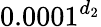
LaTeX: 0.0001^{d_{2}}